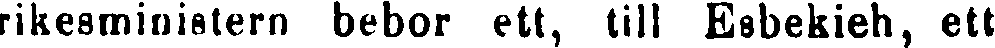
rikesministern bebor ett, till Esbekieh, ett